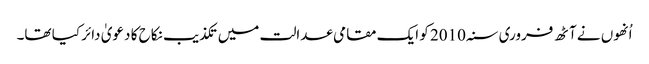
اُنھوں نے آٹھ فروری سنہ 2010 کو ایک مقامی عدالت میں تکذیب نکاح کا دعویٰ دائر کیا تھا۔